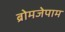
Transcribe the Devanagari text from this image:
ब्रोमजेपाम